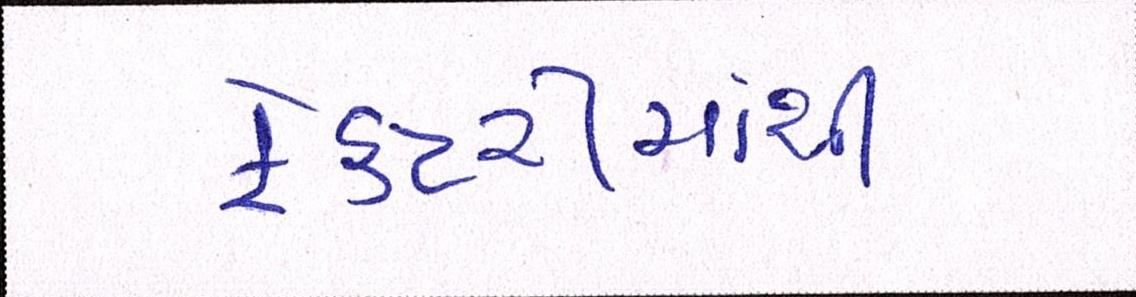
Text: ફેકટરીમાંથી